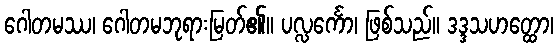
ဂေါတမဿ၊ ဂေါတမဘုရားမြတ်၏။ ပလ္လင်္ကော၊ ဖြစ်သည်။ ဒဒ္ဒသဟတ္ထော၊